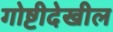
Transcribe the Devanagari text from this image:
गोष्टीदेखील